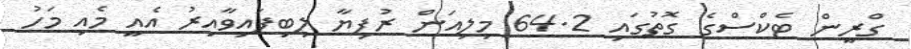
ގްރީން ޓެކްސްގެ ގޮތުގައި 64.2 މިލިއަން ރުފިޔާ ލިބިފައިވާއިރު އެއީ މެއި މަހު